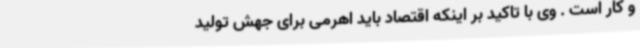
و کار است . وی با تاکید بر اینکه اقتصاد باید اهرمی برای جهش تولید